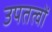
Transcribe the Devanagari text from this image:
उपतत्वों